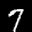
Label: 7